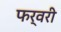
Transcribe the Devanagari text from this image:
फर्वरी